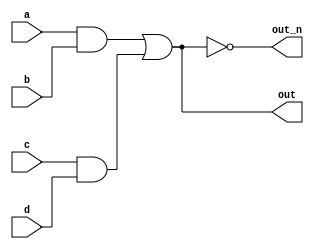
/* 
Declaring wires
The circuits so far have been simple enough that the outputs are simple functions of the inputs.
As circuits become more complex, you will need wires to connect internal components together.
When you need to use a wire, you should declare it in the body of the module, somewhere before it is first used.
(In the future, you will encounter more types of signals and variables that are also declared the same way, but for now, we'll start with a signal of type wire).


module top_module (
    input in,              // Declare an input wire named "in"
    output out             // Declare an output wire named "out"
);

    wire not_in;           // Declare a wire named "not_in"

    assign out = ~not_in;  // Assign a value to out (create a NOT gate).
    assign not_in = ~in;   // Assign a value to not_in (create another NOT gate).

endmodule   // End of module "top_module"

In the above module, there are three wires (in, out, and not_in), two of which are already declared as part of the module's input and output ports
(This is why you didn't need to declare any wires in the earlier exercises).
The wire not_in needs to be declared inside the module. It is not visible from outside the module.
Then, two NOT gates are created using two assign statements.
Note that it doesn't matter which of the NOT gates you create first: You still end up with the same circuit.

Practice
Implement the following circuit.
Create two intermediate wires (named anything you want) to connect the AND and OR gates together.
Note that the wire that feeds the NOT gate is really wire out, so you do not necessarily need to declare a third wire here.
Notice how wires are driven by exactly one source (output of a gate), but can feed multiple inputs.

If you're following the circuit structure in the diagram, you should end up with four assign statements, as there are four signals that need a value assigned.
*/

`default_nettype none
module top_module(
    input a,
    input b,
    input c,
    input d,
    output out,
    output out_n   ); 
    
    wire a_and_b, c_and_d;
    assign a_and_b = a & b;
    assign c_and_d = c & d;
    assign out = a_and_b | c_and_d;
    assign out_n = ~(a_and_b | c_and_d);

endmodule